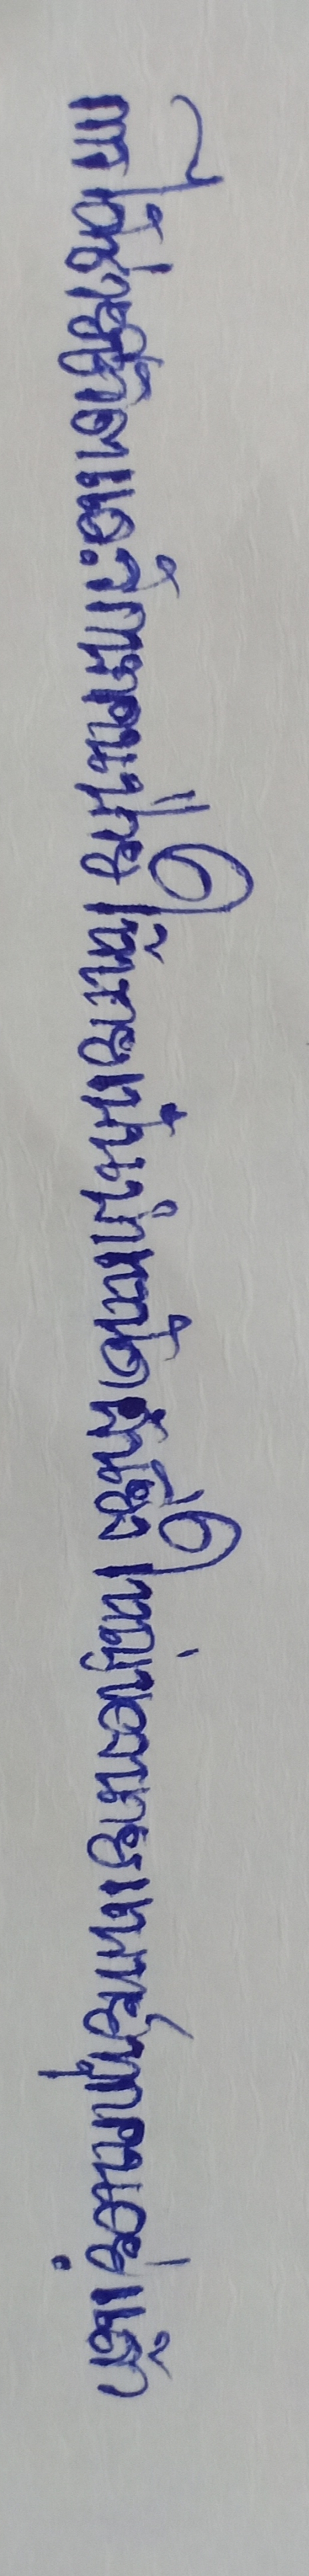
การได้ช่วยชีวิตและรักษาคนป่วยให้หายเป็นบำเหน็จอันยิ่งใหญ่ของนายแพทย์ทุกคนอยู่แล้ว